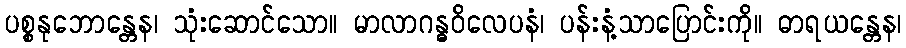
ပစ္စနုဘောန္တေန၊ သုံးဆောင်သော။ မာလာဂန္ဓဝိလေပနံ၊ ပန်းနံ့သာပြောင်းကို။ ဓာရယန္တေန၊